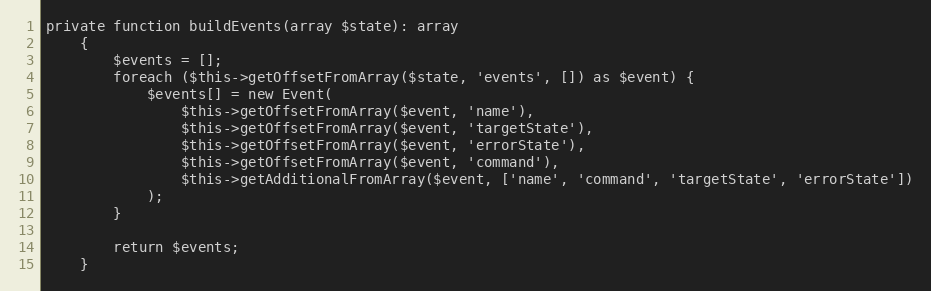
Language: PHP
private function buildEvents(array $state): array
    {
        $events = [];
        foreach ($this->getOffsetFromArray($state, 'events', []) as $event) {
            $events[] = new Event(
                $this->getOffsetFromArray($event, 'name'),
                $this->getOffsetFromArray($event, 'targetState'),
                $this->getOffsetFromArray($event, 'errorState'),
                $this->getOffsetFromArray($event, 'command'),
                $this->getAdditionalFromArray($event, ['name', 'command', 'targetState', 'errorState'])
            );
        }

        return $events;
    }